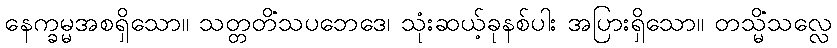
နေက္ခမ္မအစရှိသော။ သတ္တတိံသပဘေဒေ၊ သုံးဆယ့်ခုနစ်ပါး အပြားရှိသော။ တသ္မိံသလ္လေ